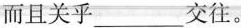
而且关乎___交往。